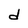
Character: d